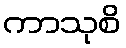
ကာသုစိ